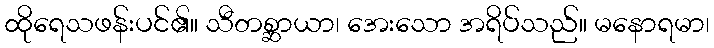
ထိုရေသဖန်းပင်၏။ သီတစ္ဆာယာ၊ အေးသော အရိပ်သည်။ မနောရမာ၊